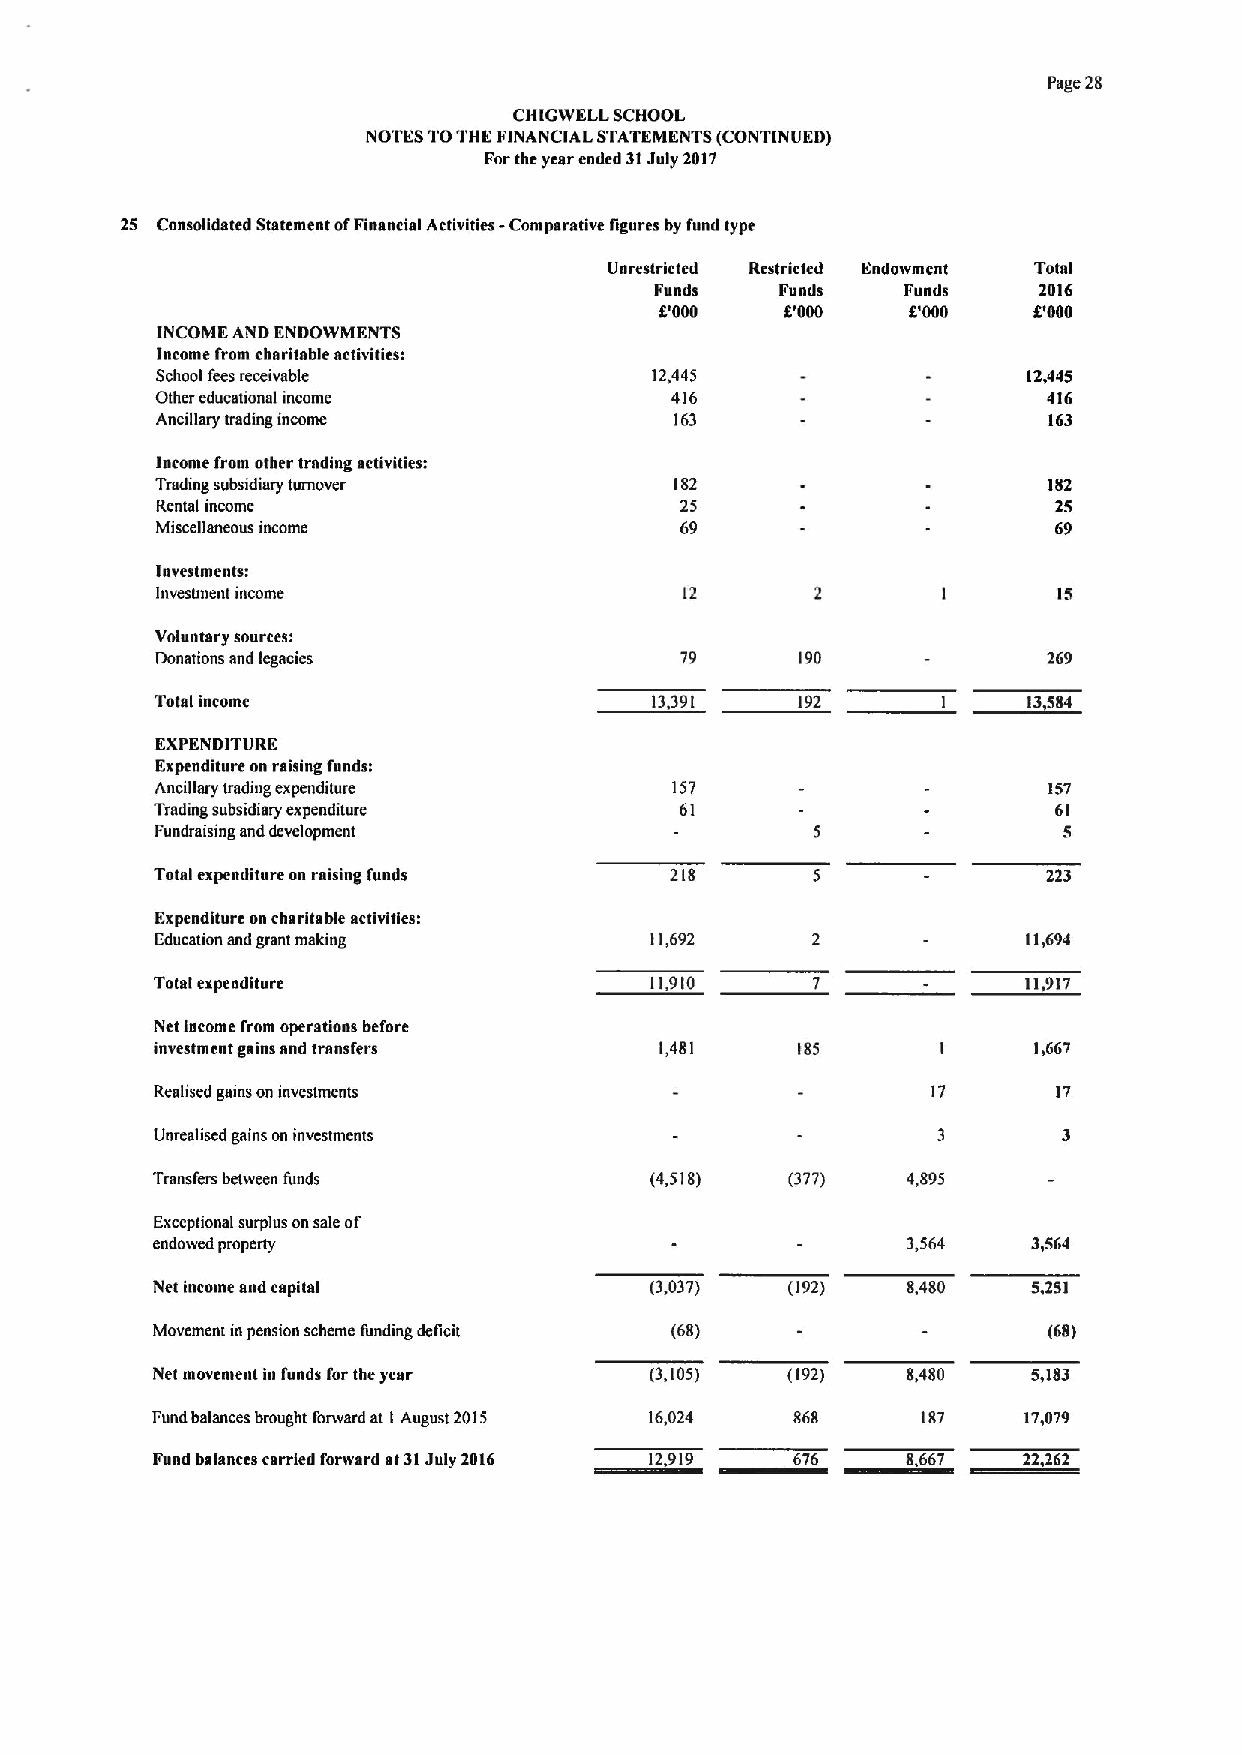
Page 28
 CHIGWELL SCHOOL
 NOTES TOTHE FINANCIAL STATEMENTS (CONTINUED)
 Forthe year ended 31July 2017
 25 Consolidated Statement ofFinancial Activities - Comparative Dgures by fund type
 Unrestricted Restricted Endowment Total
 Funds    Funds   Funds    2016
 8'000   8'000   8'000   8'000
 INCOME AND ENDOWMENTS
 Income from charitable activities:
 School feesreceivable            12,445                   12,445
 Other educational income          416                      416
 Ancillary trading income           163                     163
 Income from other trading sctivitiesi
 Trading subsidiary turnover        182                     182
 Rental income                      25                       25
 Miscellaneous income               69                       69
 lnvestmentsi
 investment income                  12                       15
 Voluntary sources:
 Donations and legacies             79      190             269
 Total income                     13,391    192
 EXPENDITURE
 Expenditure on raising funds:
 Ancillary trading expenditure     157                      157
 Trading subsidiary expenditure     61                       61
 Fundraising and development                                 5
 Total expenditure on raising funds 218                     223
 Expenditure on charitable activities:
 Education and grant making       11,692                   11,694
 Total expend/ture                11,910                   11,917
 Net income from operations before
 investment gains snd transfers    1,481    185      1     1,667
 Realised pains on investments                       17      17
 Unrealised gains on investments
 Transfers between funds          (4,518)  (377)   4,895
 Exceptional surplus onsale of
 endowed property                                  3,564   3,564
 Net income and capital           (3,037)  (192)   8,480   5,251
 Movement inpension scheme funding deficit (68)             (68)
 Net movement in funds for the year (3,105) (192)  8,480   5,183
 Fund balances brought forward at 1August 2015 16,024 868 187 17,079
 Fund balances carried forward st31July 2016 676   8667    22262